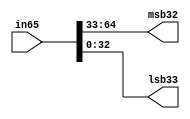
module splitter32MSB33LSB(in65, msb32, lsb33);
	input [64:0] in65;
	output [31:0] msb32;
	output [32:0] lsb33;

	assign msb32 = in65[64:33];
	assign lsb33 = in65[32:0];
	
endmodule